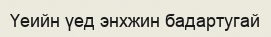
Үеийн үед энхжин бадартугай